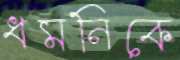
ধমনিকে